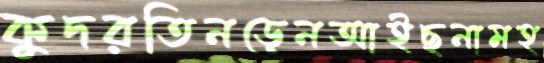
কুদরতিনড়েনআইছনামহ